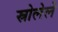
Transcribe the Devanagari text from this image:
स्रोलेले